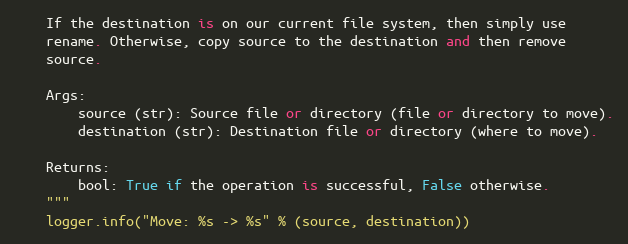
Language: Python
    If the destination is on our current file system, then simply use
    rename. Otherwise, copy source to the destination and then remove
    source.

    Args:
        source (str): Source file or directory (file or directory to move).
        destination (str): Destination file or directory (where to move).

    Returns:
        bool: True if the operation is successful, False otherwise.
    """
    logger.info("Move: %s -> %s" % (source, destination))